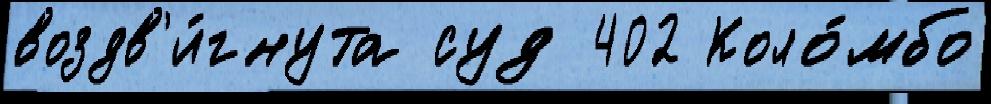
воздв'и́гнута суд 402 Коло́мбо